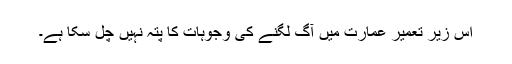
اس زیر تعمیر عمارت میں آگ لگنے کی وجوہات کا پتہ نہیں چل سکا ہے۔